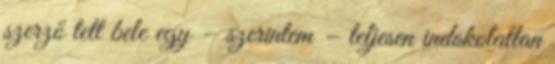
szerző tett bele egy – szerintem – teljesen indokolatlan